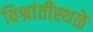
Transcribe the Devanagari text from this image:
विश्रांतीस्थळे